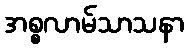
အစ္စလာမ်သာသနာ